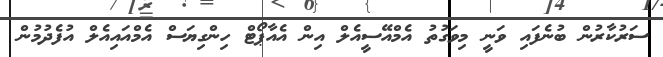
ސަރުކާރުން ބުނެފައި ވަނީ މިވަގުތު އެމްއޭސީއެލް އިން އެއާޕޯޓް ހިންގިޔަސް އެމްއައިއެލް އުފެދުމުން